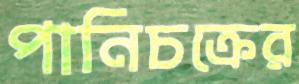
পানিচক্রের